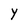
Character: Y